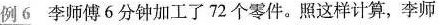
例6 李师傅6分钟加工了72个零件。照这样计算，李师